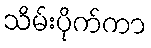
သိမ်းပိုက်ကာ